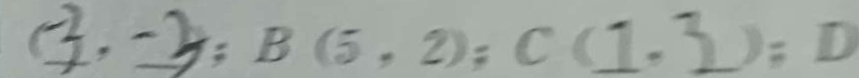
( 3 , - 3 ) : B ( 5 , 2 ) : ( 1 . 3 ) : D